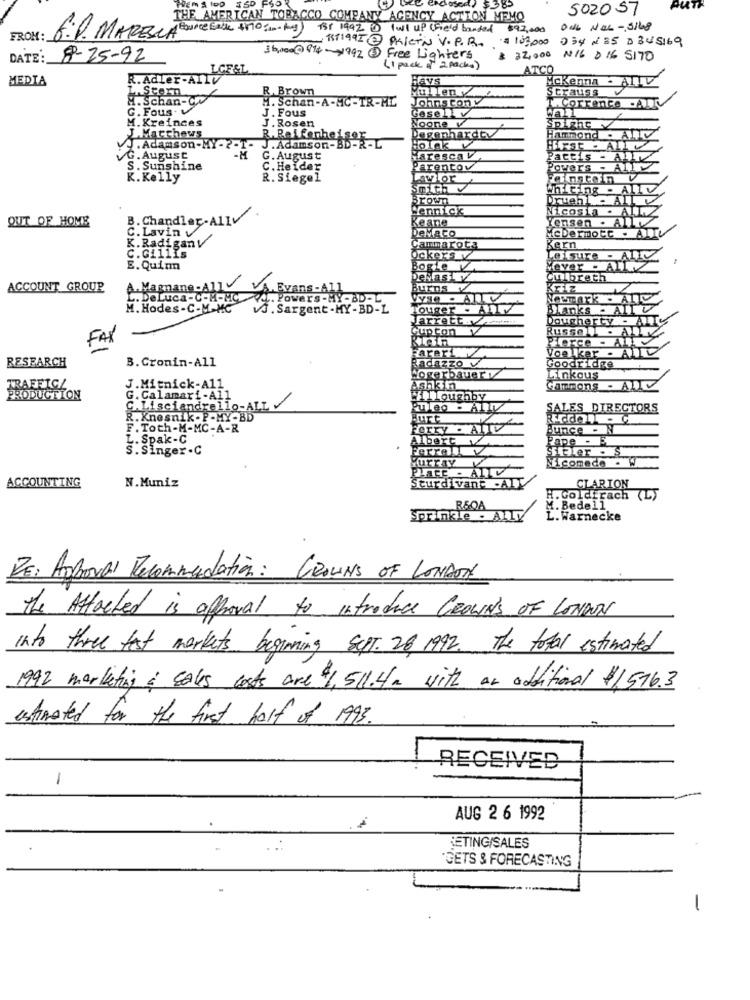
502057
THE AMERICAN TOBACCO COMPANY AGENCY ACTION MEMO
138 1942 B Pull up (field bonded 392,000
ONE NEL-3168
FROM :
6. P. MAREN
: 17199I PRICTN V.P.R. = 103,000
054 235 DB45169
DATE: 8-25-92
36,000@914-1992 3 Free Lighters
$ 32,000
N16 D 16 5170
LGF&L
( 1 pack of 2 packs)
ATCO
MEDIA
R. Adler-AIl
Havs
Ckenna - ALLV
LAStern
R. Brown
Mullen
Strauss
H. Schan-Cv
H. Schan-A-MC-TR-ML
Johnstonv
G. Fous
J . Fous
GesellV
Wall
T. COFrenco .ALT
M. Kreinces
Noone v
J.Matthews
J. Rosen
Degenhardty
Spighe
R. Rei fenhet
Hammond ATTV
.Adamson-MY-2-I- J.Adamson-BD-R-L
.M
Holak v
G. August
G. August
Haresca V
Pactis - ALL
S. Sunshine
C. Heider
Parentov
Powers - All
K. Kelly
R. Siegel
Lawlor
Finstein V
Smith
WIT Ting - ALLV
Brown
Druch Me All
Wennick
Nicosia . ALL
OUT OF HOME
B. Chandler-All'
nSen . ALLY
C. Lavin
Keane
McDermott . ALIV
K. Radigany
. 1
DeMACo
C.Gillis
Cammarota
Kern
Ockers v
Leisure - ALL
E. Quin
Bogle V
Meyer - ALLY
Culbreth
ACCOUNT GROUP
A.Magnane -All
A. Evans
Burns v
.. DeLuca-C-M-HC
. Power
VI . ALLY
M. Hodes-C-M-MC
v . Sargent-MY-BD-L
Touger -ATIV
Blanks - All
Jarrettynimmt
Dougherty
Cupton v
FAX
Volker - AIIC
RESEARCH
Fareri
Radazzo v
B. Cronin-All
Goodridge
hogerbauer y
Linkous
TRAFFIC/
J.Mitnick-A11
Ashkin
Cartons - ANIV
PRODUCTION
G. Calamari-All
TILoughby
C.Lisciandrello-ALL
Puleo - Ally
SALES DIRECTORS
R. Knesnik. P-M
Burt
F. Toth-M-MC-A-R
Bunce - N
L. Spak-C
be'
Pape - E
S.Singer.C
STaler . S
Murray V
Nicomede . W
Place . AILV
N.Muniz
CLARION
ACCOUNTING
Sturdivant -ALY
H. Goldirach (L)
R&OA
M. Bedell
Sprinkle . ALLV
L. Warnecke
RE: Approval Recommendation: CROWNS OF LONDON
the Affected is approval to introduce CROWNS OF LONDON
into three fest markets beginning Sept. 26, 1992. The total estimated
1992 marketing & sales costs are $1, 511.4 a with an additional $1516.3
estimated for the first half of 1993.
RECEIVED
-
AUG 2 6 1992
LETING/SALES
GETS & FORECASTING
-